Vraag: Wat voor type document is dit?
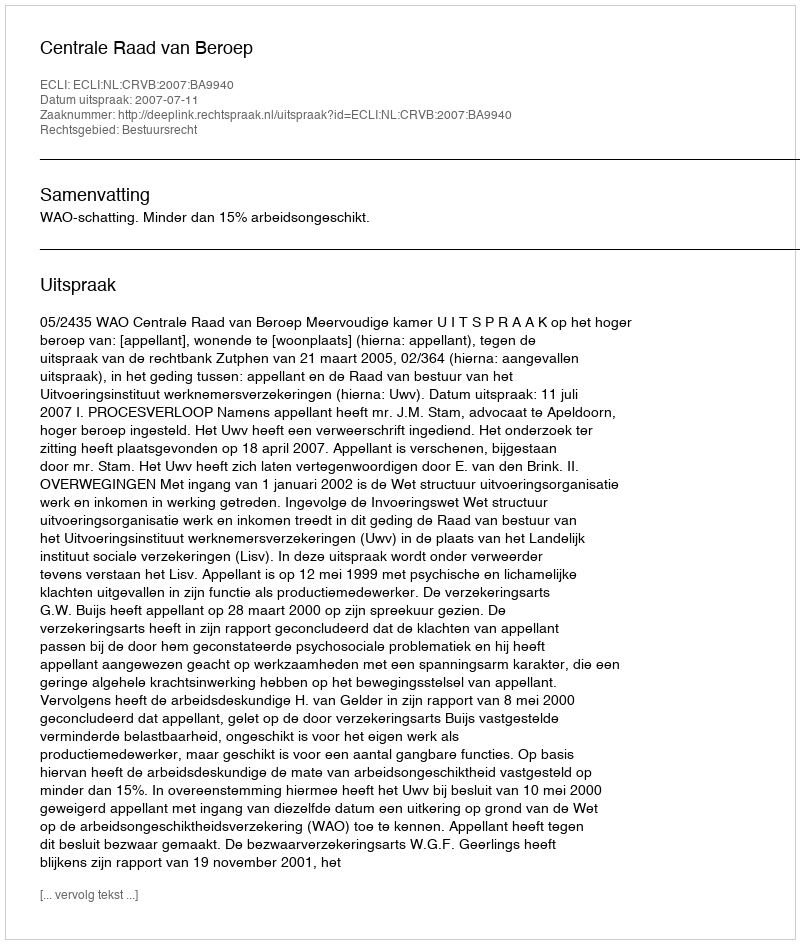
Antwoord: Uitspraak